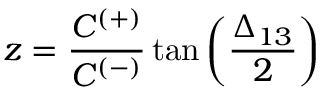
z = \frac { C ^ { ( + ) } } { C ^ { ( - ) } } \tan { \left( \frac { \Delta _ { 1 3 } } { 2 } \right) }